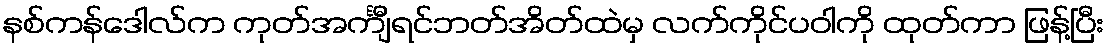
နစ်ကန်ဒေါလ်က ကုတ်အင်္ကျီရင်ဘတ်အိတ်ထဲမှ လက်ကိုင်ပဝါကို ထုတ်ကာ ဖြန့်ပြီး